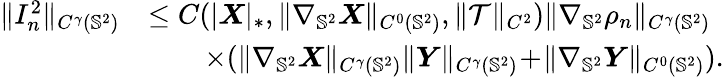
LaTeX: \begin{array}{rl}{\| I_{n}^{2}\| _{C^{\gamma}(\mathbb{S}^{2})}}&{\leq C(|\boldsymbol{X}|_{*},\| \nabla_{\mathbb{S}^{2}}\boldsymbol{X}\| _{C^{0}(\mathbb{S}^{2})},\| \mathcal{T}\| _{C^{2}})\| \nabla_{\mathbb{S}^{2}}\rho_{n}\| _{C^{\gamma}(\mathbb{S}^{2})}}\\ &{\qquad\times(\| \nabla_{\mathbb{S}^{2}}\boldsymbol{X}\| _{C^{\gamma}(\mathbb{S}^{2})}\| \boldsymbol{Y}\| _{C^{\gamma}(\mathbb{S}^{2})}\! +\! \| \nabla_{\mathbb{S}^{2}}\boldsymbol{Y}\| _{C^{0}(\mathbb{S}^{2})}).}\end{array}